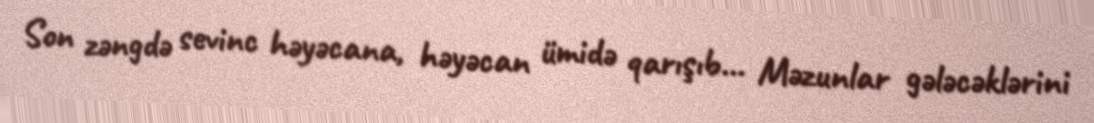
Son zəngdə sevinc həyəcana, həyəcan ümidə qarışıb... Məzunlar gələcəklərini